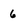
Character: 6